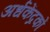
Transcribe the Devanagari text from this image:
अर्धकेंद्रकों